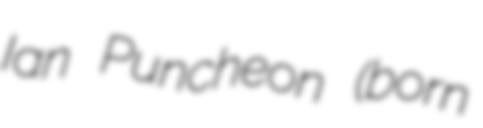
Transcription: Ian Puncheon (born